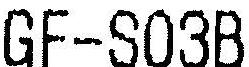
GF-S03B